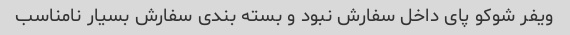
ویفر شوکو پای داخل سفارش نبود و بسته بندی سفارش بسیار نامناسب